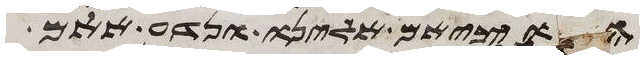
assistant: הוציאם אלינו ונדע אתם